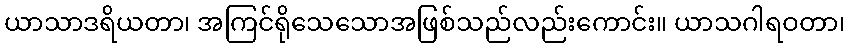
ယာသာဒရိယတာ၊ အကြင်ရိုသေသောအဖြစ်သည်လည်းကောင်း။ ယာသဂါရဝတာ၊